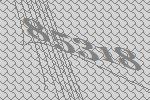
85318